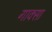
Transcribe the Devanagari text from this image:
गाक्सा